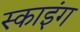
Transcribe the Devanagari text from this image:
स्‍काइंग